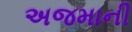
અજમાની